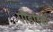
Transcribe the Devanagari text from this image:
पौंडरिक